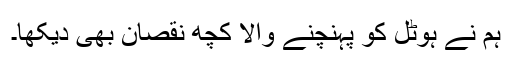
ہم نے ہوٹل کو پہنچنے والا کچھ نقصان بھی دیکھا۔